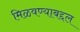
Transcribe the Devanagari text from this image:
मिळवण्याबद्दल